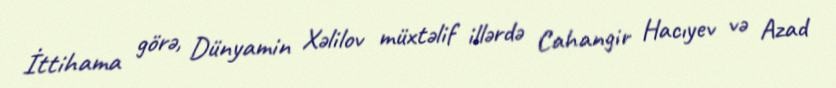
İttihama görə, Dünyamin Xəlilov müxtəlif illərdə Cahangir Hacıyev və Azad